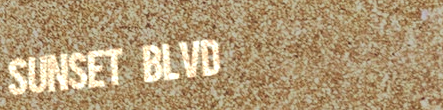
Sunset Blvd